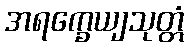
အရက္ခေယျသုတ္တံ